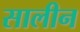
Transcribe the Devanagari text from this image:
सालीन